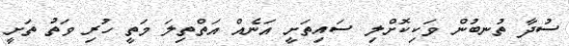
ސުދާ ތުނބުން ވަކިކޮށްލި ސައިތަށީ އަނެއް އަތްތިލަ މަތީ ހުރި ވަތު ތަށީ